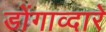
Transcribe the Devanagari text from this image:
डोंगाव्दारे